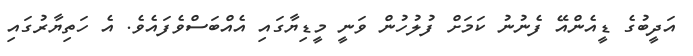
އަދީބުގެ ޑީއެންއޭ ފެނުނު ކަމަށް ފުލުހުން ވަނީ މީޑިޔާގައި އެއްބަސްވެފައެވެ. އެ ހަތިޔާރުގައި